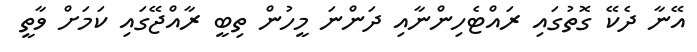
އޭނާ ދެކޭ ގޮތުގައި ރައްޓެހިންނާއި ދަންނަ މީހުން ތިބީ ރާއްޖޭގައި ކަަމަށް ވާތީ